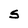
Character: S